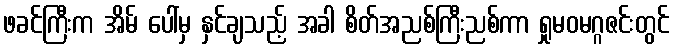
ဖခင်ကြီးက အိမ် ပေါ်မှ နှင်ချသည့် အခါ စိတ်အညစ်ကြီးညစ်ကာ ရှုမဝမဂ္ဂဇင်းတွင်